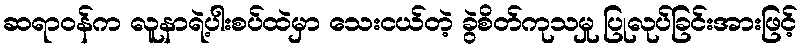
ဆရာဝန်က လူနာရဲ့ပါးစပ်ထဲမှာ သေးငယ်တဲ့ ခွဲစိတ်ကုသမှု ပြုလုပ်ခြင်းအားဖြင့်